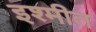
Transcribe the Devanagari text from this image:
इश्मीत